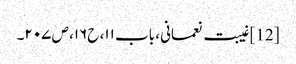
[12] غیبت نعمانی، باب ۱۱، ح۱۶، ص ۲۰۷۔